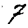
Digit: 7